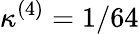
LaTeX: \kappa^{(4)}=1/64